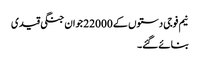
نیم فوجی دستوں کے 22000 جوان جنگی قیدی
بنائے گئے۔